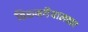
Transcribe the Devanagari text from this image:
तिरुमगैयालवार